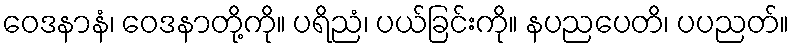
ဝေဒနာနံ၊ ဝေဒနာတို့ကို။ ပရိညံ၊ ပယ်ခြင်းကို။ နပညပေတိ၊ ပပညတ်။